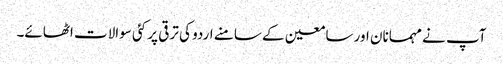
آپ نے مہمانان اور سامعین کے سامنے اردو کی ترقی پر کئی سوالات اٹھائے۔